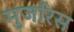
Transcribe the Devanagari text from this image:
मुजरिस